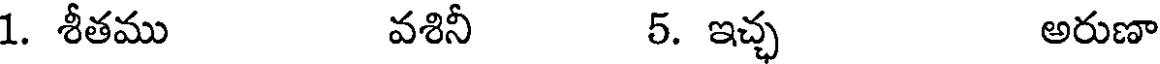
1. శీతము వశినీ 5. ఇచ్చ అరుణా